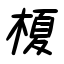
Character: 榎